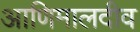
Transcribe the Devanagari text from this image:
आणिमालदीव